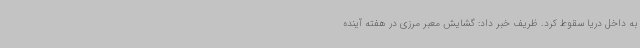
به داخل دریا سقوط کرد. ظریف خبر داد: گشایش معبر مرزی در هفته آینده